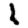
Digit: 1